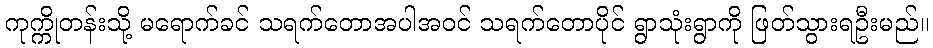
ကုက္ကိုတန်းသို့ မရောက်ခင် သရက်တောအပါအဝင် သရက်တောပိုင် ရွာသုံးရွာကို ဖြတ်သွားရဦးမည်။